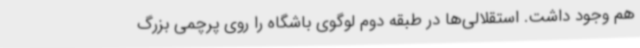
هم وجود داشت. استقلالی‌ها در طبقه دوم لوگوی باشگاه را روی پرچمی بزرگ